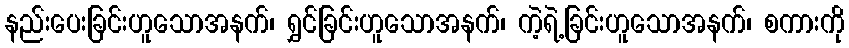
နည်းပေးခြင်းဟူသောအနက်၊ ရွှင်ခြင်းဟူသောအနက်၊ ကဲ့ရဲ့ခြင်းဟူသောအနက်၊ စကားကို